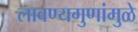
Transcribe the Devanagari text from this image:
लावण्यगुणांमुळे